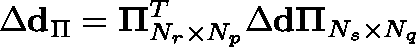
\Delta \mathbf { d } _ { \Pi } = \mathbf { \Pi } _ { N _ { r } \times N _ { p } } ^ { T } \Delta \mathbf { d } \mathbf { \Pi } _ { N _ { s } \times N _ { q } }